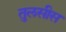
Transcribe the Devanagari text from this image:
तुलसीस